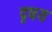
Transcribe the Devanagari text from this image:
दृषय